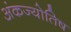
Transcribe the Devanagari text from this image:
अंकज्योतिष